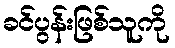
ခင်ပွန်းဖြစ်သူကို